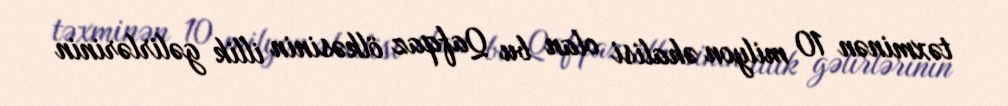
təxminən 10 milyon əhalisi olan bu Qafqaz ölkəsinin illik gəlirlərinin